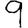
Digit: 9